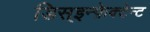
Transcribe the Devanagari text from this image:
डिस्इन्फ़ेक्टेन्ट